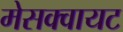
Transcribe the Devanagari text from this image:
मेसक्वायट